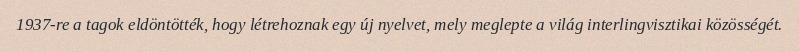
1937-re a tagok eldöntötték, hogy létrehoznak egy új nyelvet, mely meglepte a világ interlingvisztikai közösségét.